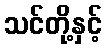
သင်တို့နှင့်